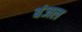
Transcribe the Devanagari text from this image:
बंजल